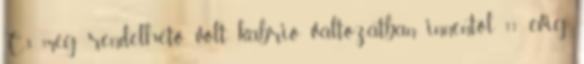
C3 még rendelhető volt kabrió változatban innentől 11 évig